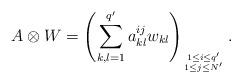
LaTeX: \begin{align*} A\otimes W=\left(\displaystyle\sum_{k,l=1}^{q'}a_{kl}^{ij}w_{kl}\right)_{1\leq i\leq q'\atop 1\leq j\leq N'}.\end{align*}